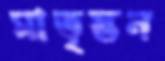
মাতৃস্তন